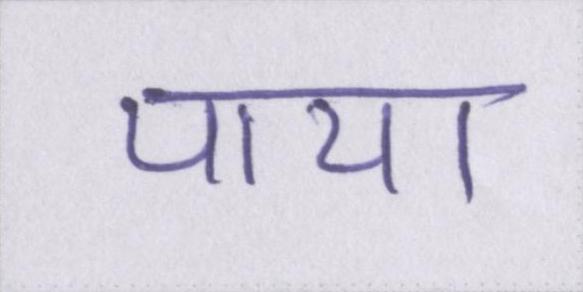
पाया